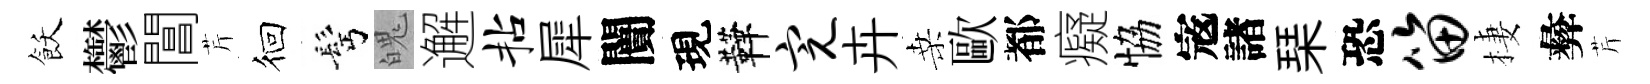
飫鬱閶芹徊髩魄邂拈犀闠現鞾完卉桑歐都癡恊𡨥諸琹恐笛棲彜芹